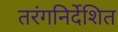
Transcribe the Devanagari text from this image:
तरंगनिर्देशित